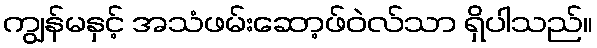
ကျွန်မနှင့် အသံဖမ်းဆော့ဖ်ဝဲလ်သာ ရှိပါသည်။